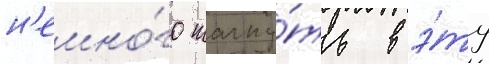
н'емно́го шагну́ть в э́ту